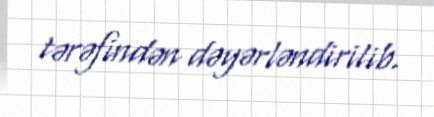
tərəfindən dəyərləndirilib.